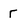
Character: r